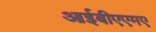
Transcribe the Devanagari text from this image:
आईबीएएमए